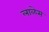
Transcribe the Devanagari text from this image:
लाळेस